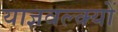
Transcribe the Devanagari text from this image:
याज्ञवल्क्यों